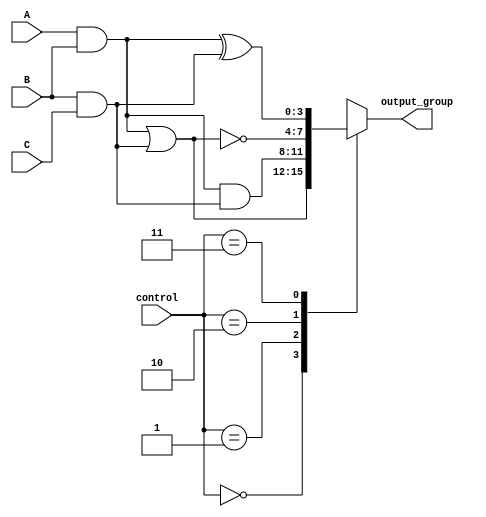
module AdjacencyGroups (
    input wire [3:0] A,          // Input signals
    input wire [3:0] B,
    input wire [3:0] C,
    input wire [1:0] control,     // Control signals for operation mode
    output reg [3:0] output_group // Output signals based on adjacency logic
);

// Internal wires for adjacency detection
wire [3:0] adj_A_B;
wire [3:0] adj_B_C;
wire [3:0] adj_A_C;

// Adjacency detection logic
assign adj_A_B = A & B; // AND operation for adjacency between A and B
assign adj_B_C = B & C; // AND operation for adjacency between B and C
assign adj_A_C = A & C; // AND operation for adjacency between A and C

always @(*) begin
    case (control)
        2'b00: output_group = adj_A_B | adj_B_C; // OR operation on adjacencies
        2'b01: output_group = adj_A_B & adj_B_C; // AND operation on adjacencies
        2'b10: output_group = ~(adj_A_B | adj_B_C); // NOT operation on OR of adjacencies
        2'b11: output_group = adj_A_B ^ adj_B_C; // XOR operation on adjacencies
        default: output_group = 4'b0000; // Default output
    endcase
end

endmodule